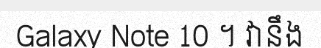
Galaxy Note 10 ។ វានឹង